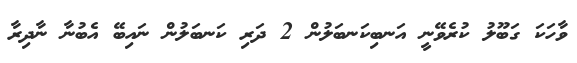
ވާހަކަ ގަބޫލު ކުރެވޭނީ އަނބިކަނބަލުން 2 ދަރި ކަނބަލުން ނައިބޭ އެބުނާ ނާދިރާ